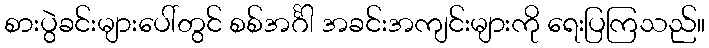
စားပွဲခင်းများပေါ်တွင် စစ်အင်္ဂါ အခင်းအကျင်းများကို ရေးပြကြသည်။